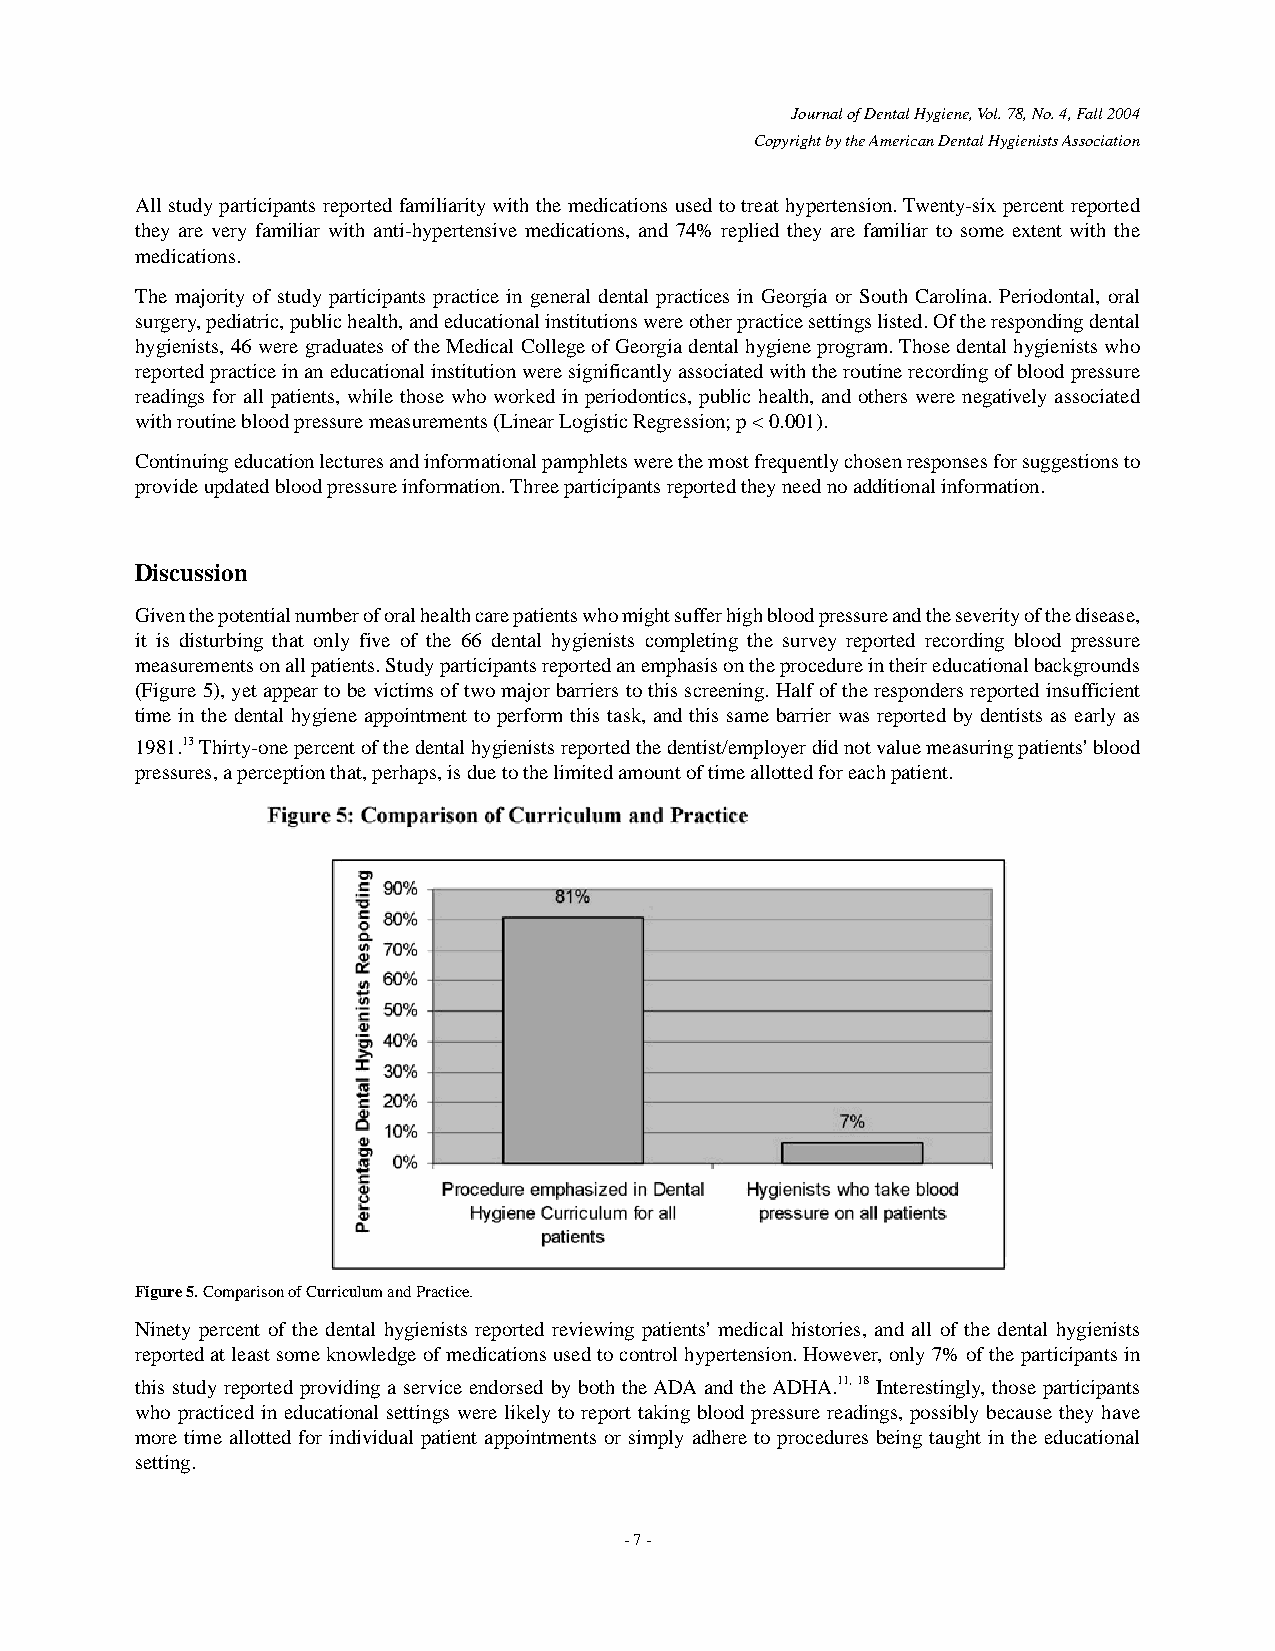
Journal of Dental Hygiene, Vol. 78, No. 4, Fall 2004
 Copyright by the American Dental Hygienists Association
 All study participants reported familiarity with the medications used to treat hypertension. Twenty-six percent reported
 they are very familiar with anti-hypertensive medications, and 74% replied they are familiar to some extent with the
 medications.
 The majority of study participants practice in general dental practices in Georgia or South Carolina. Periodontal, oral
 surgery, pediatric, public health, and educational institutions were other practice settings listed. Of the responding dental
 hygienists, 46 were graduates of the Medical College of Georgia dental hygiene program. Those dental hygienists who
 reported practice in an educational institution were significantly associated with the routine recording of blood pressure
 readings for all patients, while those who worked in periodontics, public health, and others were negatively associated
 with routine blood pressure measurements (Linear Logistic Regression; p < 0.001).
 Continuing education lectures and informational pamphlets were the most frequently chosen responses for suggestions to
 provide updated blood pressure information. Three participants reported they need no additional information.
 Discussion
 Given the potential number of oral health care patients who might suffer high blood pressure and the severity of the disease,
 it is disturbing that only five of the 66 dental hygienists completing the survey reported recording blood pressure
 measurements on all patients. Study participants reported an emphasis on the procedure in their educational backgrounds
 (Figure 5), yet appear to be victims of two major barriers to this screening. Half of the responders reported insufficient
 time in the dental hygiene appointment to perform this task, and this same barrier was reported by dentists as early as
 1981.13Thirty-one percent of the dental hygienists reported the dentist/employer did not value measuring patients' blood
 pressures, a perception that, perhaps, is due to the limited amount of time allotted for each patient.
 Figure 5. Comparison of Curriculum and Practice.
 Ninety percent of the dental hygienists reported reviewing patients' medical histories, and all of the dental hygienists
 reported at least some knowledge of medications used to control hypertension. However, only 7% of the participants in
 this study reported providing a service endorsed by both the ADA and the ADHA.11, 18 Interestingly, those participants
 who practiced in educational settings were likely to report taking blood pressure readings, possibly because they have
 more time allotted for individual patient appointments or simply adhere to procedures being taught in the educational
 setting.
 - 7 -